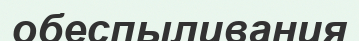
обеспыливания